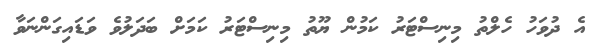
އެ ދުވަހު ހެލްތު މިނިސްޓަރު ކަމުން ޔޫތު މިނިސްޓަރު ކަމަށް ބަދަލުވެ ވަޑައިގަންނަވާ